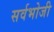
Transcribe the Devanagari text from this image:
सर्वभोजी